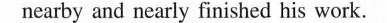
nearby and nearly finished his work.